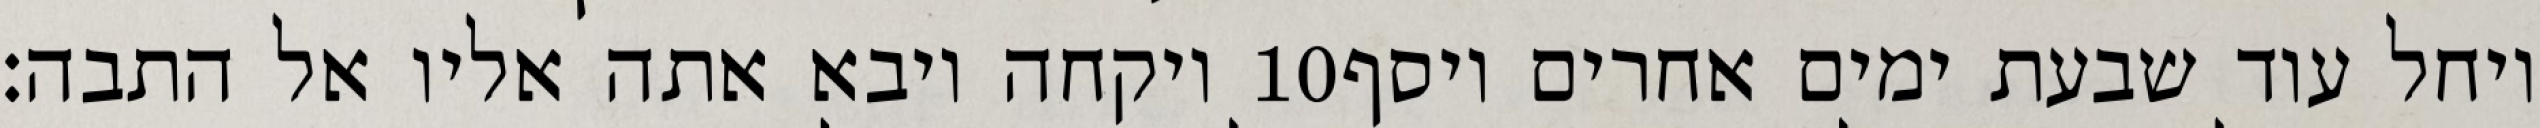
ויקחה ויבא אתה אליו אל התבה׃ ‎10‏ ויחל עוד שבעת ימים אחרים ויסף